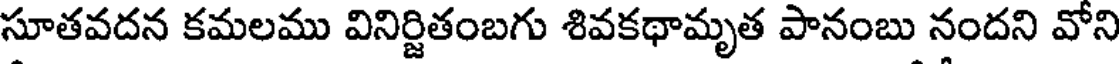
సూతవదన కమలము వినిర్జితంబగు శివకథామృత పానంబు నందని వోని